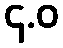
၄.ဝ